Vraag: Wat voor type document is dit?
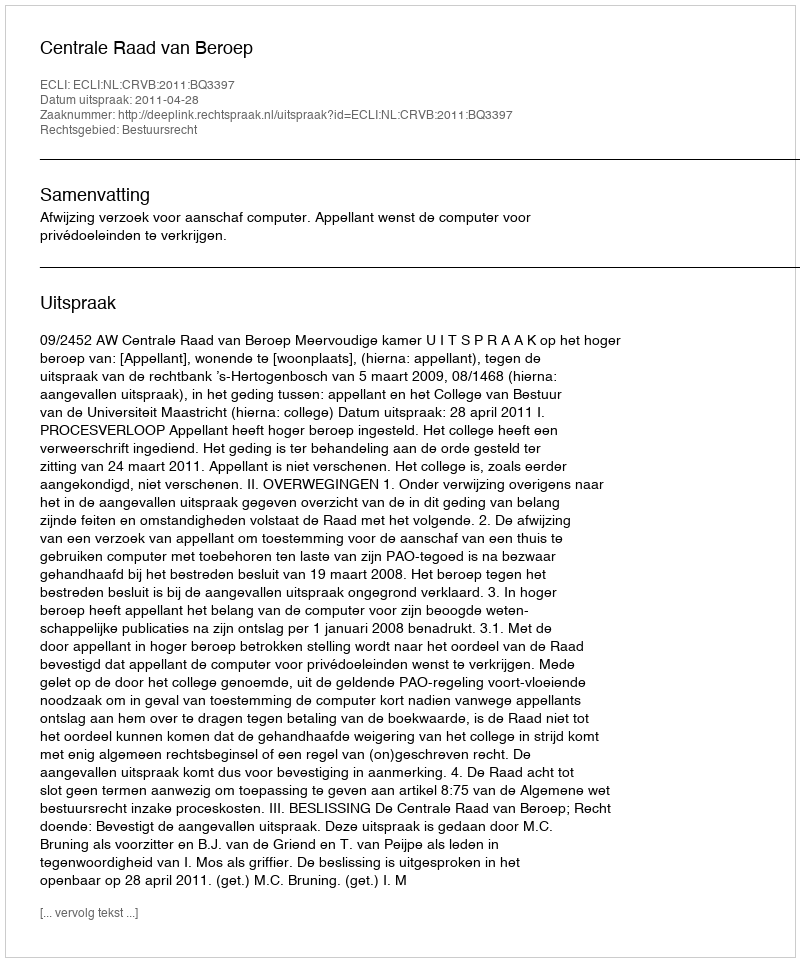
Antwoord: Uitspraak